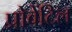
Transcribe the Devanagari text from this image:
प्रोवेंटिल